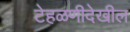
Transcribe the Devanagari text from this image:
टेहळणीदेखील